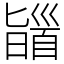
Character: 䭬